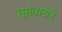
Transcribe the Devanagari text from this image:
सुसंवादाने